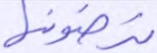
ترضونها